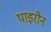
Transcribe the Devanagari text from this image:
पाइरोन